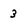
Character: 3